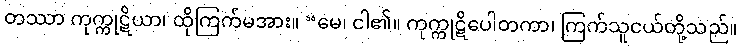
တဿာ ကုက္ကုဋိယာ၊ ထိုကြက်မအား။ “မေ၊ ငါ၏။ ကုက္ကုဋိပေါတကာ၊ ကြက်သူငယ်တို့သည်။